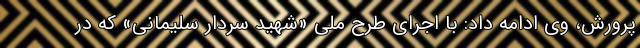
پرورش، وی ادامه داد: با اجرای طرح ملی «شهید سردار سلیمانی» که در